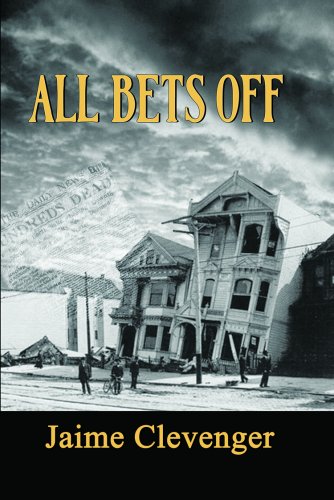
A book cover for All Bets Off; Jaime Clevenger; Romance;